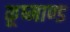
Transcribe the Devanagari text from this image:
कूष्माण्ड